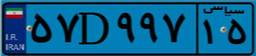
۸۷D۳۷۳۳۲